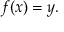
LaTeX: \displaystyle f ( x ) = y .